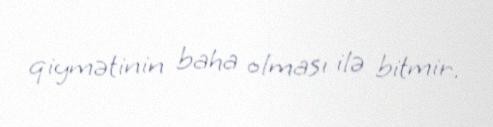
qiymətinin baha olması ilə bitmir.